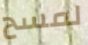
لمسح